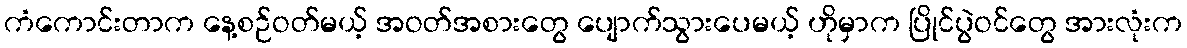
ကံကောင်းတာက နေ့စဉ်ဝတ်မယ့် အဝတ်အစားတွေ ပျောက်သွားပေမယ့် ဟိုမှာက ပြိုင်ပွဲဝင်တွေ အားလုံးက